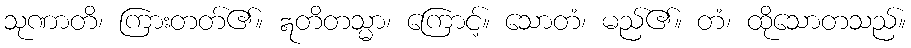
သုဏာတိ၊ ကြားတတ်၏။ ဣတိတသ္မာ၊ ကြောင့်။ သောတံ၊ မည်၏။ တံ၊ ထိုသောတသည်။